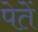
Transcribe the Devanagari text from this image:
पेतें